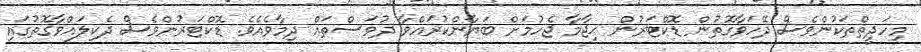
މިހަދީޘްތަކުންވެސް ދޭހަވާގޮތުން ޑޮކްޓަރުން ޙިޖާމާ ޖެހުމަށް ބަޔާންކުރައްވާ ދުވަސްތައް ދިމާވެއެވެ. ޑޮކްޓަރުންވެސް ދެކިލައްވާގޮތުގައި